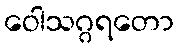
ဝေါသဂ္ဂရတော